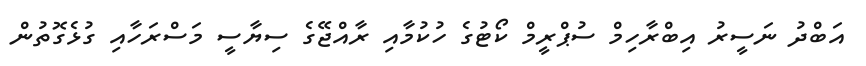
އަބްދު ނަސީރު އިބްރާހިމް ސުޕްރީމް ކޯޓުގެ ހުކުމާއި ރާއްޖޭގެ ސިޔާސީ މަސްރަހާއި ގުޅެގޮތުން